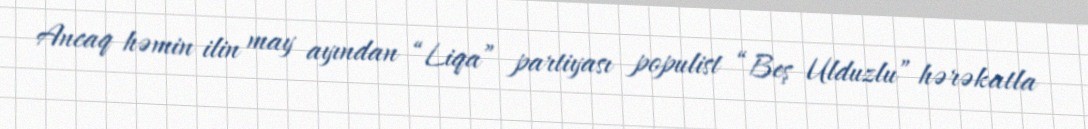
Ancaq həmin ilin may ayından “Liqa” partiyası populist “Beş Ulduzlu” hərəkatla